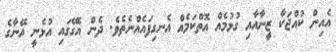
އެއިން ކުއްޖަކާ ޒީނާއާއި ގުޅުމެއް އޮތްކަމެއް އެނގިފައެއްނެތެވެ. ދެން އެގޭގައި އުޅެނީ އޭނާގެ